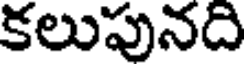
కలుపునది